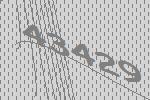
43429